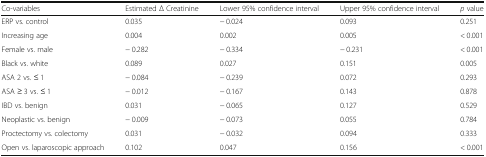
| Co-variables | Estimated Δ Creatinine | Lower 95% confidence interval | Upper 95% confidence interval | p value |
 | --- | --- | --- | --- | --- |
 | ERP vs. control | 0.035 | − 0.024 | 0.093 | 0.251 |
 | Increasing age | 0.004 | 0.002 | 0.005 | < 0.001 |
 | Female vs. male | − 0.282 | − 0.334 | − 0.231 | < 0.001 |
 | Black vs. white | 0.089 | 0.027 | 0.151 | 0.005 |
 | ASA 2 vs. ≤ 1 | − 0.084 | − 0.239 | 0.072 | 0.293 |
 | ASA ≥ 3 vs. ≤ 1 | − 0.012 | − 0.167 | 0.143 | 0.878 |
 | IBD vs. benign | 0.031 | − 0.065 | 0.127 | 0.529 |
 | Neoplastic vs. benign | − 0.009 | − 0.073 | 0.055 | 0.784 |
 | Proctectomy vs. colectomy | 0.031 | − 0.032 | 0.094 | 0.333 |
 | Open vs. laparoscopic approach | 0.102 | 0.047 | 0.156 | < 0.001 |